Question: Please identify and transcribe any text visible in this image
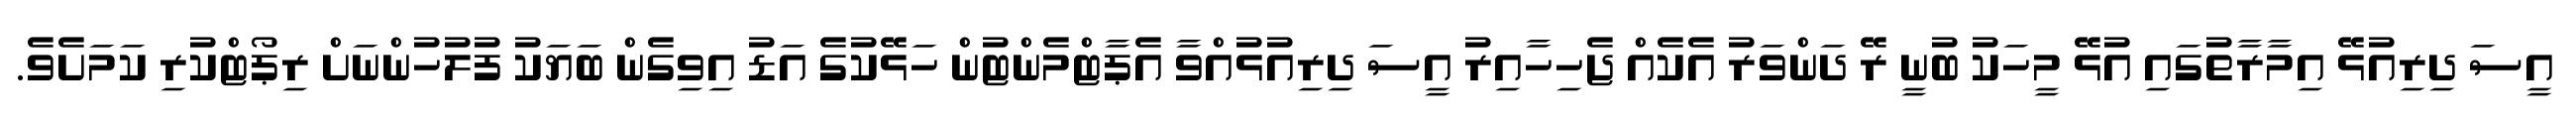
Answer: އީސަ ދިރިއުޅޭ އިމާރާތުގައި އުޅޭ މީހަކު ބުނީ ރޭ ދަންވަރު އެކެއް ޖެހިހާއިރު އީސަ ދިރިއުޅުއްވާ އެޕާޓްމެންޓުން ހަޅޭކުގެ އަޑު އިވިގެން ބަޔަކު ފުލުހުންނަށް ރިޕޯޓްކުރި ކަމަށެވެ.